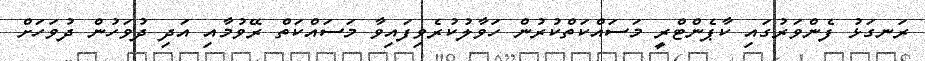
ރަނގަޅު ފެންވަރުގައި ކާޕެންޓްރީ މަސައްކަތްކުރުން ހަވާލުކުރެވިފައިވާ މަސައްކަތް ރޭވުމާއި އަދި ދުވަހުން ދުވަހަށް